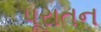
પૂરાતન